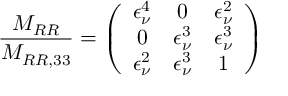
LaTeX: \frac { M _ { R R } } { M _ { R R , 3 3 } } = \left( \begin{array} { c c c } { { \epsilon _ { \nu } ^ { 4 } } } & { { 0 } } & { { \epsilon _ { \nu } ^ { 2 } } } \\ { { 0 } } & { { \epsilon _ { \nu } ^ { 3 } } } & { { \epsilon _ { \nu } ^ { 3 } } } \\ { { \epsilon _ { \nu } ^ { 2 } } } & { { \epsilon _ { \nu } ^ { 3 } } } & { { 1 } } \end{array} \right)